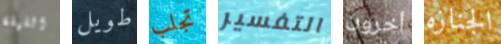
الليلة طويل تجلب التفسير أخرون الجنازه